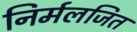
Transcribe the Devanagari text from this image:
निर्मलजित